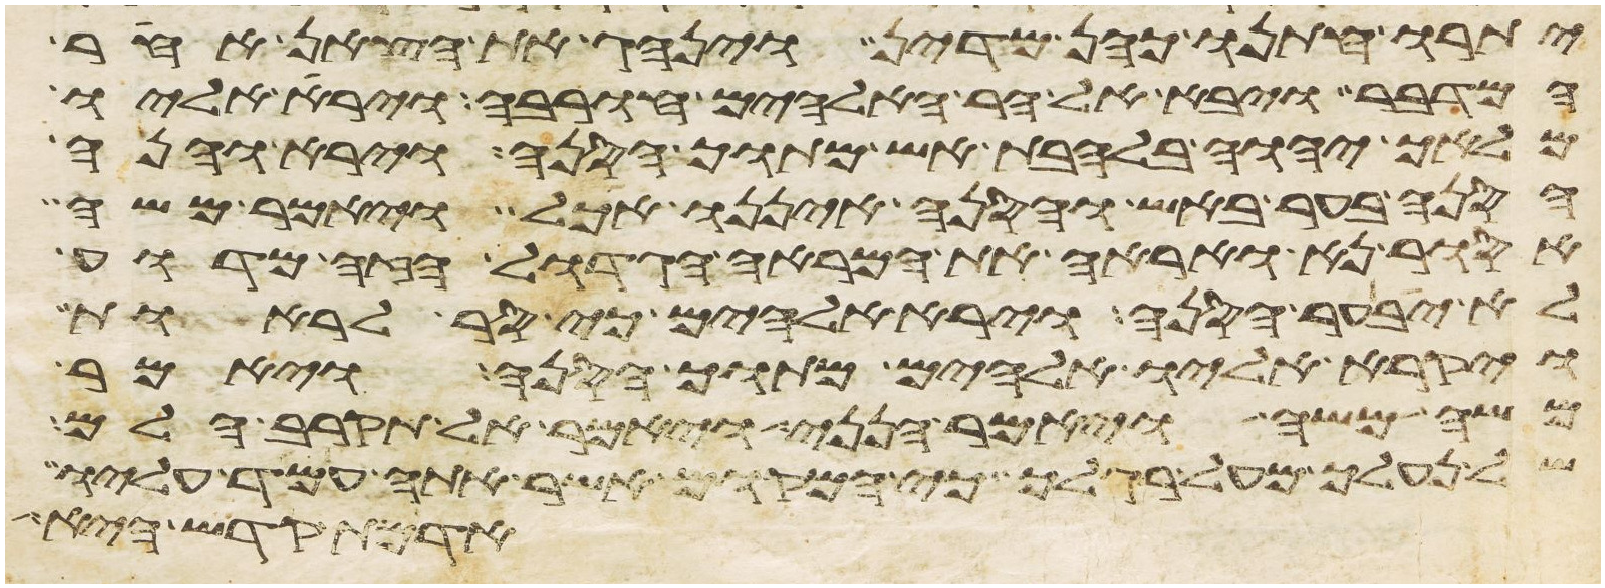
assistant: יתרו חתנו כהן מדין וינהג את הצאן אחר
המדבר ויבא אל הר האלהים חורבה וירא אליו
מלאך יהוה בלהבת אש מתוך הסנה וירא והנה
הסנה בער באש והסנה איננו אכל ויאמר משה
אסור נא ואראה את המראה הגדול הזה מדוע
לא יבער הסנה וירא אלהים כי סר לראות
ויקרא אליו אלהים מתוך הסנה ויאמר
משה משה ויאמר הנני ויאמר אל תקרב הלם
של נעליך מעל רגליך כי המקום אשר אתה עמד עליו
אדמת קדש היא